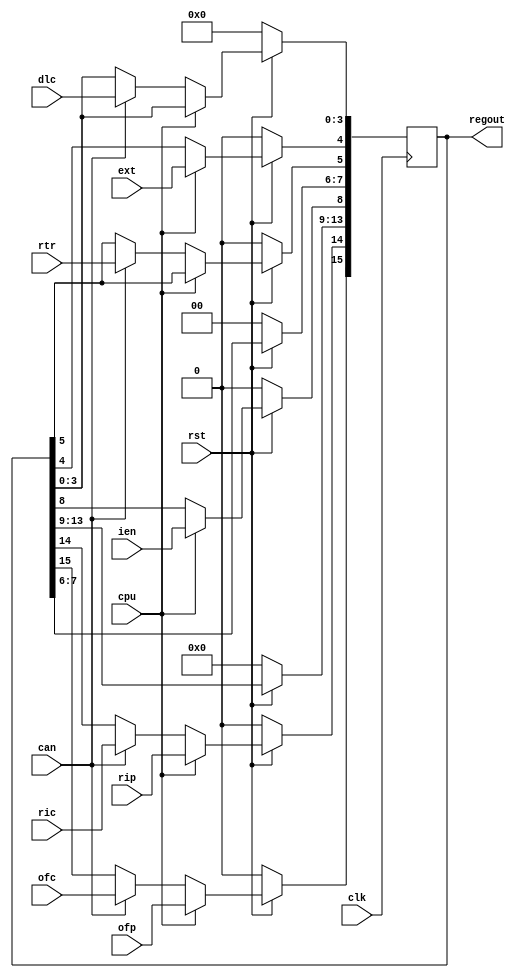
////////////////////////////////////////////////////////////////////////////////////////////////////
//
// Interessengruppe fuer Mikroelektronik und Eingebettete Systeme (IMES)
// Fachhochschule Dortmund
//
// Tool         : Mentor Graphics HDL Designer(TM) 2015.1b (Build 4)
// Description  : 
// Commentary   : output reg (VHDL) geander nach
//
// Changelog:
// -------------------------------------------------------------------------------------------------
// Version | Author             | Date       | Changes
// -------------------------------------------------------------------------------------------------
// 0.9     | Leduc              | 15.05.2019 | created
// -------------------------------------------------------------------------------------------------
// 0.91    | Leduc              | 15.05.2019 | outputname reg (VHDL) changed to regout 
// -------------------------------------------------------------------------------------------------
//
////////////////////////////////////////////////////////////////////////////////////////////////////

//`resetall
//`timescale 1ns/10ps
//`default_nettype none

module recmescontrolreg2 (
  input wire clk,
  input wire rst,
  input wire cpu,           // CPU wuenscht Zugriff
  input wire can,           // controller wuenscht Zugriff
  input wire ofp,           // IOCPU,overflow indication processor
  input wire ofc,           // llc, overflow indication can
  input wire rip,           // IOCPU, receive indication processor
  input wire ric,           // llc, receive indication can
  input wire ien,           // interrupt enable (not used)
  input wire rtr,           // MAC, remote flag
  input wire ext,           // IOCPU,extended flag
  //input wire prom,        // Promiscous Mode (alle Daten werden empfangen)
  input wire [3:0]  dlc,    // data length code
  output reg [15:0] regout  // generalregister
);

always @(posedge clk)
begin
  if (rst == 1'b0) begin        // synchroner Reset
   regout <= 16'd0;
  end
  else if (cpu == 1'b1) begin        // IOCPU, write_demux
    regout[15]  <= ofp;
    regout[14]  <= rip;
    //regout[13] <= prom;
    regout[8]   <= ien;
    regout[4]   <= ext;
    end
  else if (can == 1'b1) begin   // llc, aktiv-signal
    regout[15]  <= ofc;         // llc
    regout[14]  <= ric;         // llc
    regout[5]   <= rtr;         // mac
    regout[3:0] <= dlc;         // dlc
    end
end

endmodule